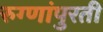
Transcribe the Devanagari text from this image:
रुग्णांपुरती